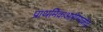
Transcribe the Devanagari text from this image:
प्राथमिकआरोग्यकेंद्र